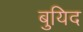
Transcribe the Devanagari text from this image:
बुयिद